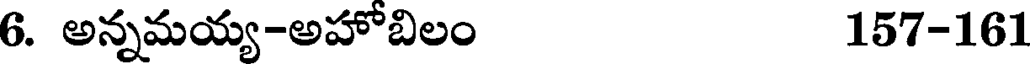
6. అన్నమయ్య-అహోబిలం 157-161